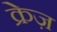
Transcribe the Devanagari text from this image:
क्रेज़